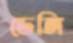
ডেঙ্গি